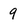
Character: 9